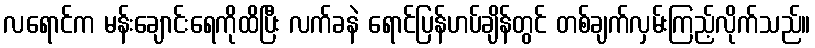
လရောင်က မန်းချောင်းရေကိုထိပြီး လက်ခနဲ ရောင်ပြန်ဟပ်ချိန်တွင် တစ်ချက်လှမ်းကြည့်လိုက်သည်။